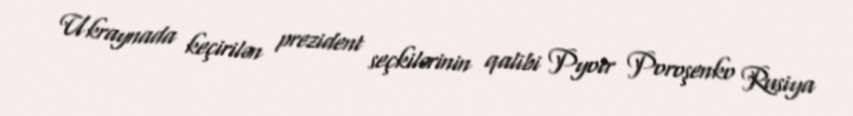
Ukraynada keçirilən prezident seçkilərinin qalibi Pyotr Poroşenko Rusiya